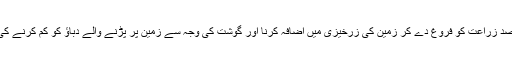
اس دن کو منانے کا مقصد زراعت کو فروغ دے کر زمین کی زرخیزی میں اضافہ کرنا اور گوشت کی وجہ سے زمین پر پڑنے والے دباؤ کو کم کرنے کی طرف آگاہی دلانا ہے۔